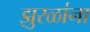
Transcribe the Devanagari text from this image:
झुरळांना